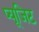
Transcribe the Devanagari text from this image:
प्यूजिट